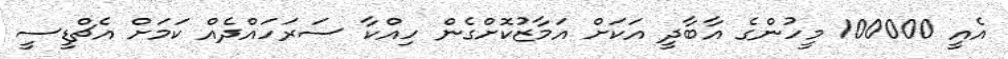
އެއީ 100000 މީހުންގެ އާބާދީ އަކަށް އަމާޒުކޮށްގެން ހިއްކާ ސަރަހައްދެއް ކަމަށް އެޗްޑީސީ